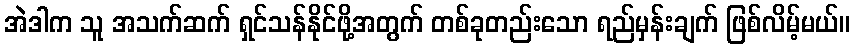
အဲဒါက သူ အသက်ဆက် ရှင်သန်နိုင်ဖို့အတွက် တစ်ခုတည်းသော ရည်မှန်းချက် ဖြစ်လိမ့်မယ်။